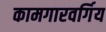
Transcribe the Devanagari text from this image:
कामगारवर्गिय